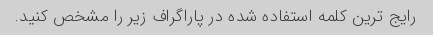
رایج ترین کلمه استفاده شده در پاراگراف زیر را مشخص کنید.